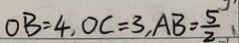
O B = 4 , O C = 3 , A B = \frac { 5 } { 2 }